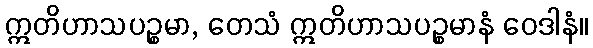
ဣတိဟာသပဉ္စမာ, တေသံ ဣတိဟာသပဉ္စမာနံ ဝေဒါနံ။